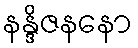
နန္ဒိဇနနော